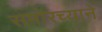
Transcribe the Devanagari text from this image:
समोरच्याने